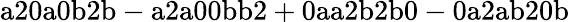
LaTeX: \mathrm{a20a0b2b-a2a00bb2+0aa2b2b0-0a2ab20b}